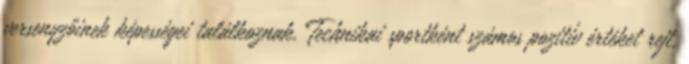
versenyzőinek képességei találkoznak. Technikai sportként számos pozitív értéket rejt,